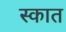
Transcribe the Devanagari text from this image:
स्कात